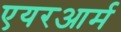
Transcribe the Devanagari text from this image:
एयरआर्म